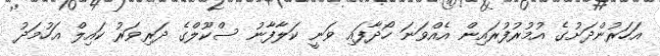
އަހަރުންދަށުގެ އުމުރުފުރައިން އެއްވަނަ ހޯދާފައި ވަނީ ކަލާފާނު ސްކޫލްގެ ދަރިވަރު ކައިލް އަހުމަދު